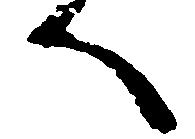
へ